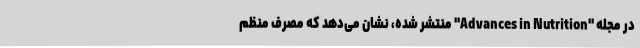
در مجله "Advances in Nutrition" منتشر شده، نشان می‌دهد که مصرف منظم